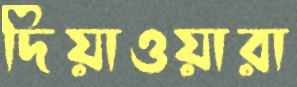
দিয়াওয়ারা